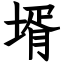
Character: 壻